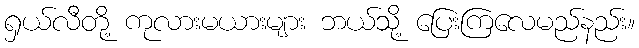
ရှယ်လီတို့ ကုလားမယားများ ဘယ်သို့ ပြေးကြလေမည်နည်း။